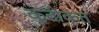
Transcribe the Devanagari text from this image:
कूटीकृत